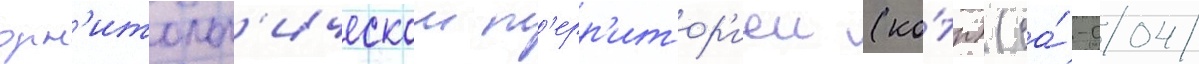
орн'итолог'ическои т'ерр'итор'иеи (ко́тр) (са́-004/